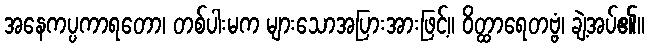
အနေကပ္ပကာရတော၊ တစ်ပါးမက များသောအပြားအားဖြင့်။ ဝိတ္ထာရေတဗ္ဗံ၊ ချဲ့အပ်၏။